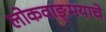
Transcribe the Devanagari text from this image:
लोकवाङ्‌मयाचे